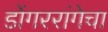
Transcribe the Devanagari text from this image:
डोंगररांगेचा